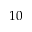
1 0